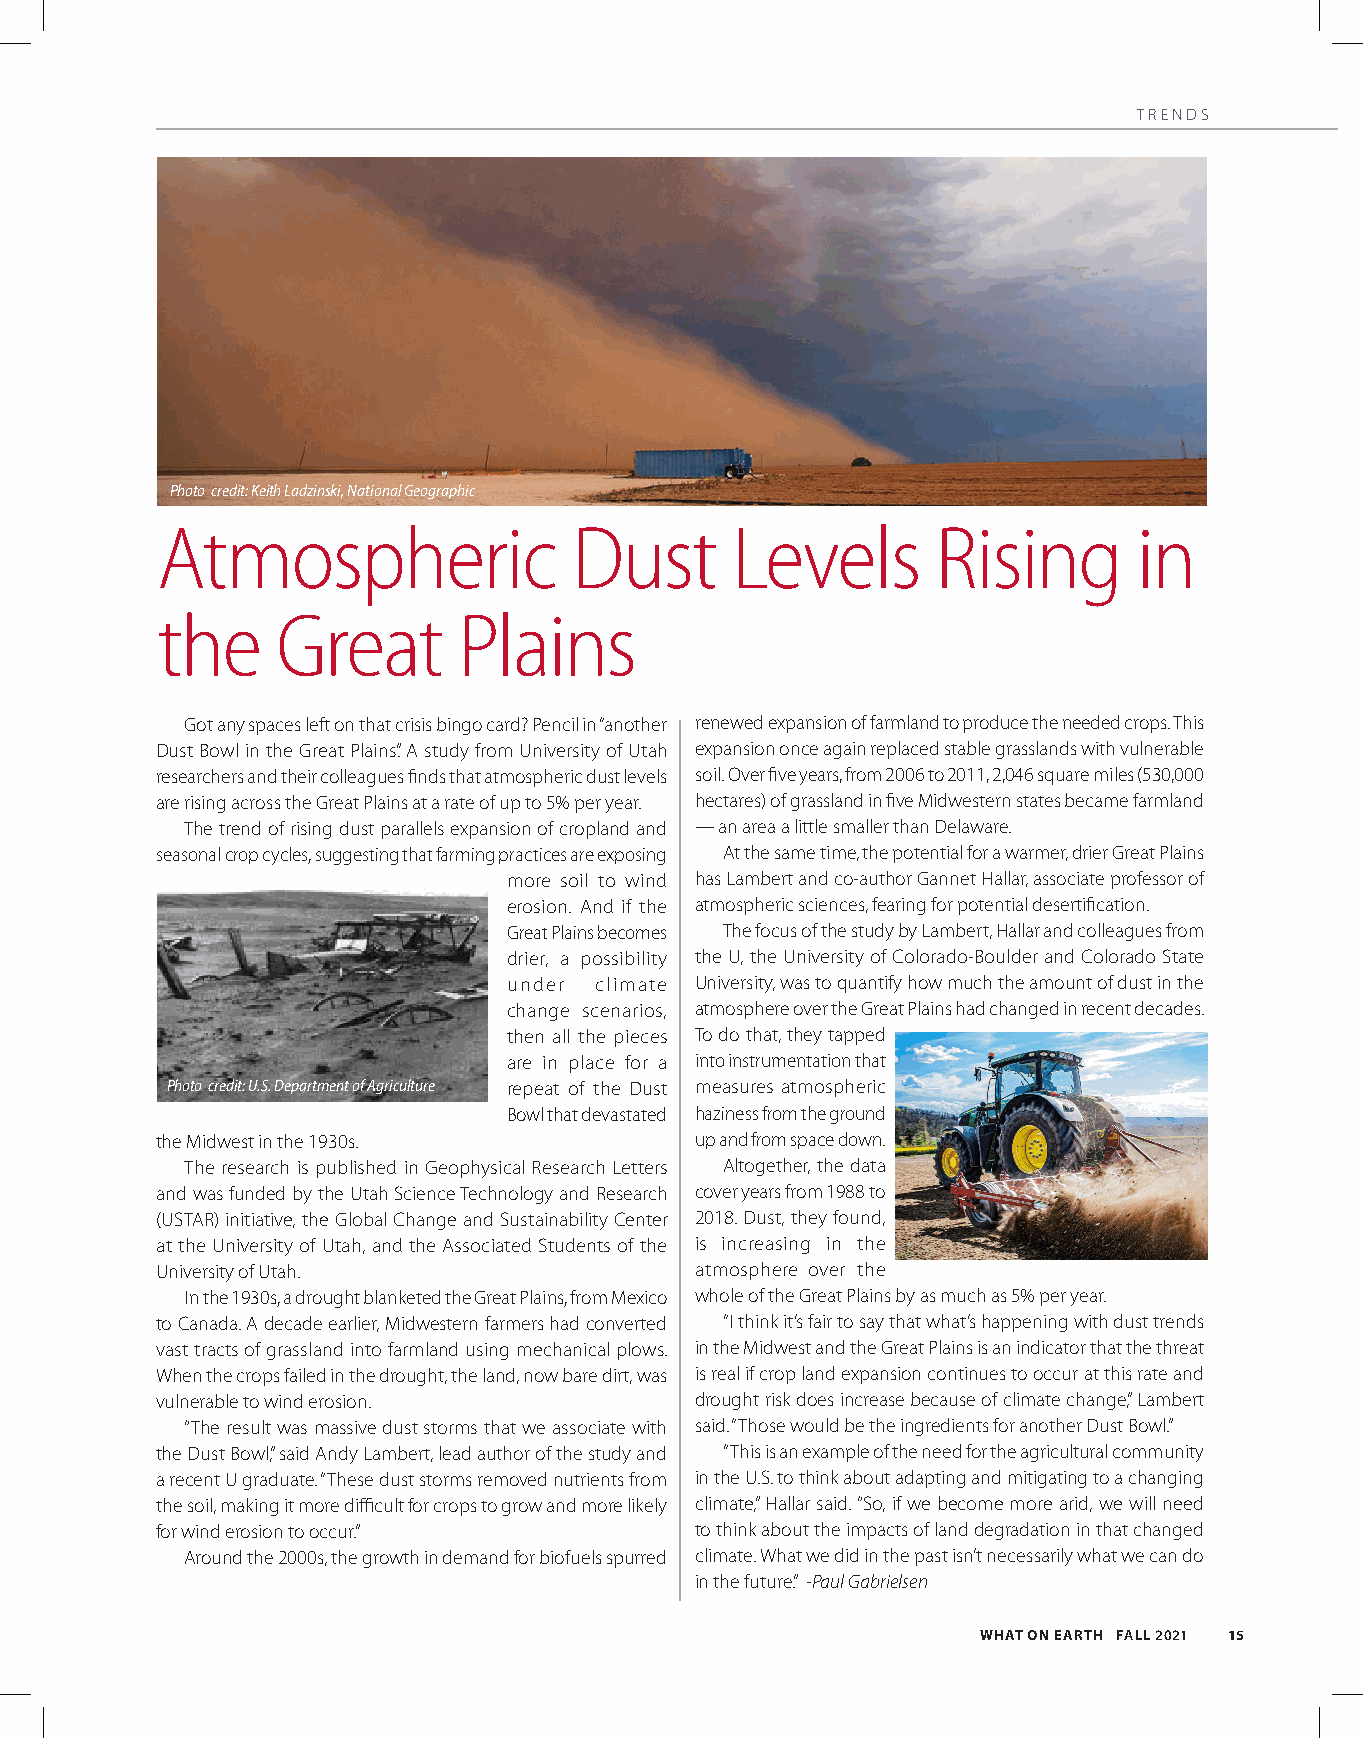
TRENDS
 Photo credit: Keith Ladzinski, National Geographic
 Atmospheric                 Dust      Levels        Rising       in
 the     Great       Plains
 Got any spaces left on that crisis bingo card? Pencil in “another renewed expansion of farmland to produce the needed crops. This
 Dust Bowl in the Great Plains.” A study from University of Utah expansion once again replaced stable grasslands with vulnerable
 researchers and their colleagues finds that atmospheric dust levels soil. Over five years, from 2006 to 2011, 2,046 square miles (530,000
 are rising across the Great Plains at a rate of up to 5% per year. hectares) of grassland in five Midwestern states became farmland
 The trend of rising dust parallels expansion of cropland and — an area a little smaller than Delaware.
 seasonal crop cycles, suggesting that farming practices are exposing At the same time, the potential for a warmer, drier Great Plains
 more soil to wind has Lambert and co-author Gannet Hallar, associate professor of
 erosion. And if the atmospheric sciences, fearing for potential desertification.
 Great Plains becomes The focus of the study by Lambert, Hallar and colleagues from
 drier, a possibility the U, the University of Colorado-Boulder and Colorado State
 under climate University, was to quantify how much the amount of dust in the
 change scenarios, atmosphere over the Great Plains had changed in recent decades.
 then all the pieces To do that, they tapped
 are in place for a into instrumentation that
 Photo credit: U.S. Department of Agriculture repeat of the Dust measures atmospheric
 Bowl that devastated haziness from the ground
 the Midwest in the 1930s.           up and from space down.
 The research is published in Geophysical Research Letters Altogether, the data
 and was funded by the Utah Science Technology and Research cover years from 1988 to
 (USTAR) initiative, the Global Change and Sustainability Center 2018. Dust, they found,
 at the University of Utah, and the Associated Students of the is increasing in the
 University of Utah.                 atmosphere over the
 In the 1930s, a drought blanketed the Great Plains, from Mexico whole of the Great Plains by as much as 5% per year.
 to Canada. A decade earlier, Midwestern farmers had converted “I think it’s fair to say that what’s happening with dust trends
 vast tracts of grassland into farmland using mechanical plows. in the Midwest and the Great Plains is an indicator that the threat
 When the crops failed in the drought, the land, now bare dirt, was is real if crop land expansion continues to occur at this rate and
 vulnerable to wind erosion.         drought risk does increase because of climate change,” Lambert
 “The result was massive dust storms that we associate with said. “Those would be the ingredients for another Dust Bowl.”
 the Dust Bowl,” said Andy Lambert, lead author of the study and “This is an example of the need for the agricultural community
 a recent U graduate. “These dust storms removed nutrients from in the U.S. to think about adapting and mitigating to a changing
 the soil, making it more difficult for crops to grow and more likely climate,” Hallar said. “So, if we become more arid, we will need
 for wind erosion to occur.”         to think about the impacts of land degradation in that changed
 Around the 2000s, the growth in demand for biofuels spurred climate. What we did in the past isn’t necessarily what we can do
 in the future.” -Paul Gabrielsen
 WHAT ON EARTH FALL 2021 15